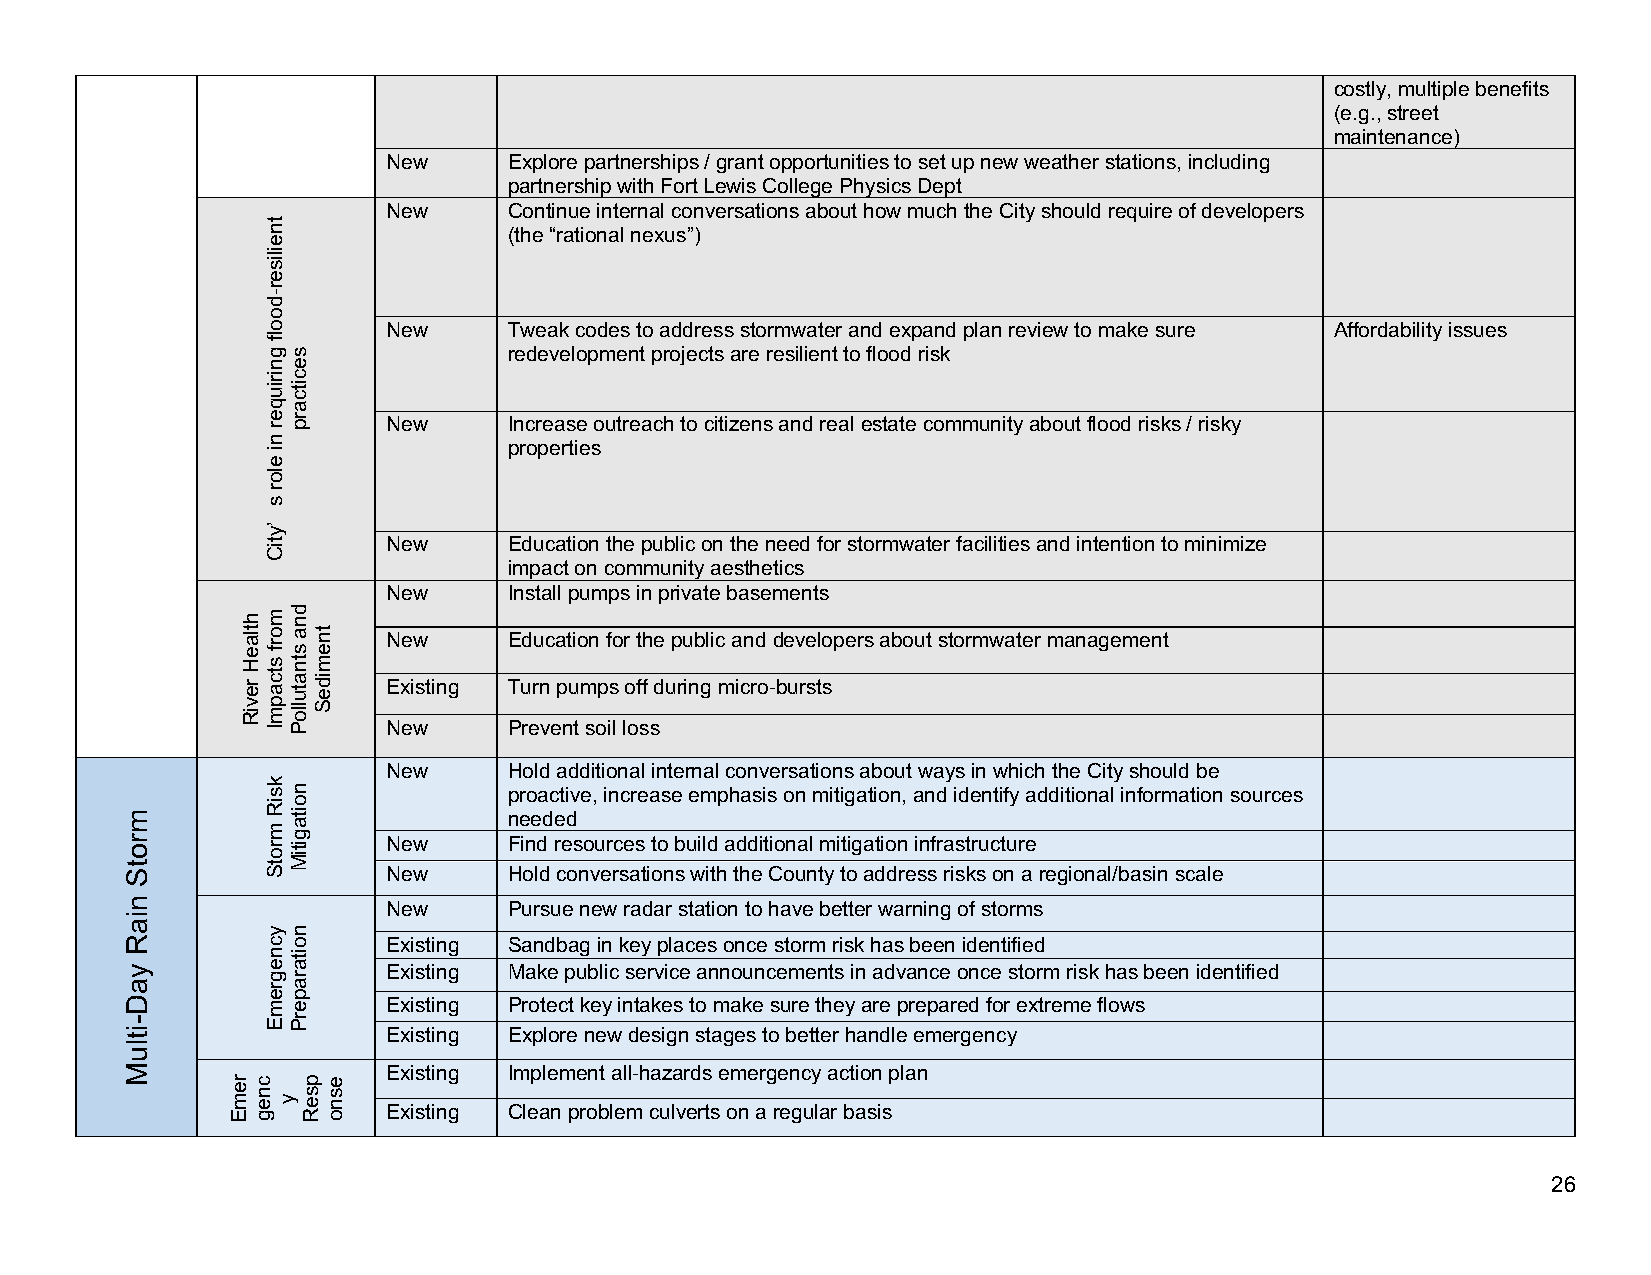
costly, multiple benefits
 (e.g., street
 maintenance)
 New     Explore partnerships / grant opportunities to set up new weather stations, including
 partnership with Fort Lewis College Physics Dept
 New     Continue internal conversations about how much the City should require of developers
 (the “rational nexus”)
 New     Tweak codes to address stormwater and expand plan review to make sure Affordability issues
 redevelopment projects are resilient to flood risk
 New     Increase outreach to citizens and real estate community about flood risks / risky
 properties
 New     Education the public on the need for stormwater facilities and intention to minimize
 impact on community aesthetics
 New     Install pumps in private basements
 New     Education for the public and developers about stormwater management
 Existing Turn pumps off during micro-bursts
 New     Prevent soil loss
 New     Hold additional internal conversations about ways in which the City should be
 proactive, increase emphasis on mitigation, and identify additional information sources
 needed
 New     Find resources to build additional mitigation infrastructure
 New     Hold conversations with the County to address risks on a regional/basin scale
 New     Pursue new radar station to have better warning of storms
 Existing Sandbag in key places once storm risk has been identified
 Existing Make public service announcements in advance once storm risk has been identified
 Existing Protect key intakes to make sure they are prepared for extreme flows
 Existing Explore new design stages to better handle emergency
 Existing Implement all-hazards emergency action plan
 Existing Clean problem culverts on a regular basis
 26
 mrotS
 niaR
 yaD-itluM
 remE
 htlaeH
 reviR
 cneg
 tneiliser-doolf
 gniriuqer
 ni
 elor
 s
 ’ytiC
 morf
 stcapmI
 ksiR
 mrotS
 ycnegremE
 y
 secitcarp
 dna
 stnatulloP
 noitagitiM
 noitaraperP
 pseR
 tnemideS
 esno